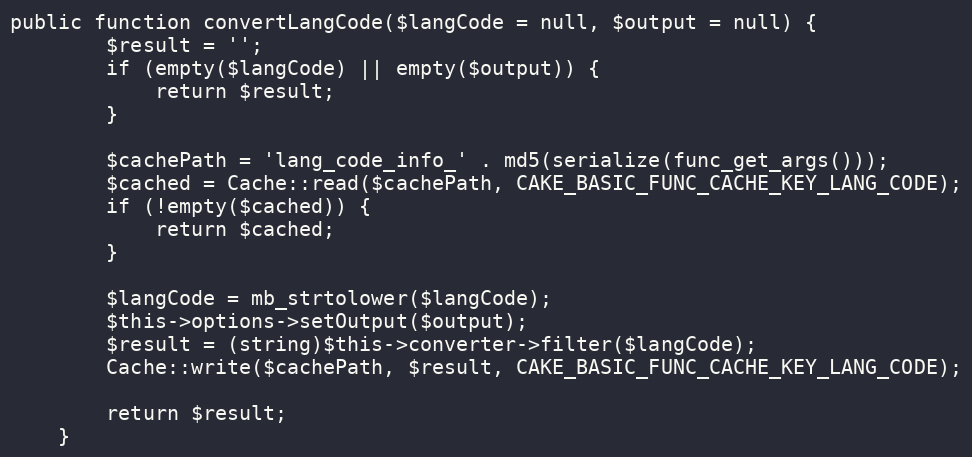
Language: PHP
public function convertLangCode($langCode = null, $output = null) {
		$result = '';
		if (empty($langCode) || empty($output)) {
			return $result;
		}

		$cachePath = 'lang_code_info_' . md5(serialize(func_get_args()));
		$cached = Cache::read($cachePath, CAKE_BASIC_FUNC_CACHE_KEY_LANG_CODE);
		if (!empty($cached)) {
			return $cached;
		}

		$langCode = mb_strtolower($langCode);
		$this->options->setOutput($output);
		$result = (string)$this->converter->filter($langCode);
		Cache::write($cachePath, $result, CAKE_BASIC_FUNC_CACHE_KEY_LANG_CODE);

		return $result;
	}